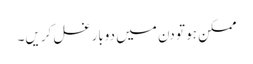
ممکن ہو تو دن میں دوبار غسل کریں۔